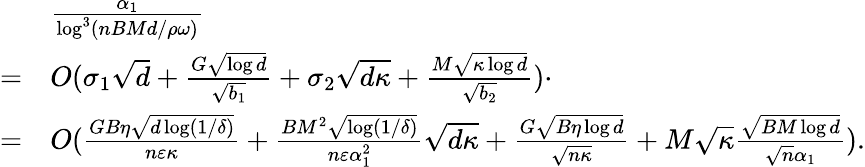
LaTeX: \begin{array}{rl}&{\frac{\alpha_{1}}{\log^{3}(nBMd/\rho\omega)}}\\ {=}&{O(\sigma_{1}\sqrt{d}+\frac{G\sqrt{\log d}}{\sqrt{b_{1}}}+\sigma_{2}\sqrt{d\kappa}+\frac{M\sqrt{\kappa\log d}}{\sqrt{b_{2}}})\cdot}\\ {=}&{O(\frac{GB\eta\sqrt{d\log(1/\delta)}}{n\varepsilon\kappa}+\frac{BM^{2}\sqrt{\log(1/\delta)}}{n\varepsilon\alpha_{1}^{2}}\sqrt{d\kappa}+\frac{G\sqrt{B\eta\log d}}{\sqrt{n\kappa}}+M\sqrt{\kappa}\frac{\sqrt{BM\log d}}{\sqrt{n}\alpha_{1}}).}\end{array}